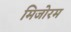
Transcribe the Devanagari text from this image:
मिजोरम